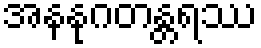
အနနုဂတန္တရဿ